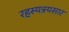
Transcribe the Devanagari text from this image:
रहस्यत्रयसार